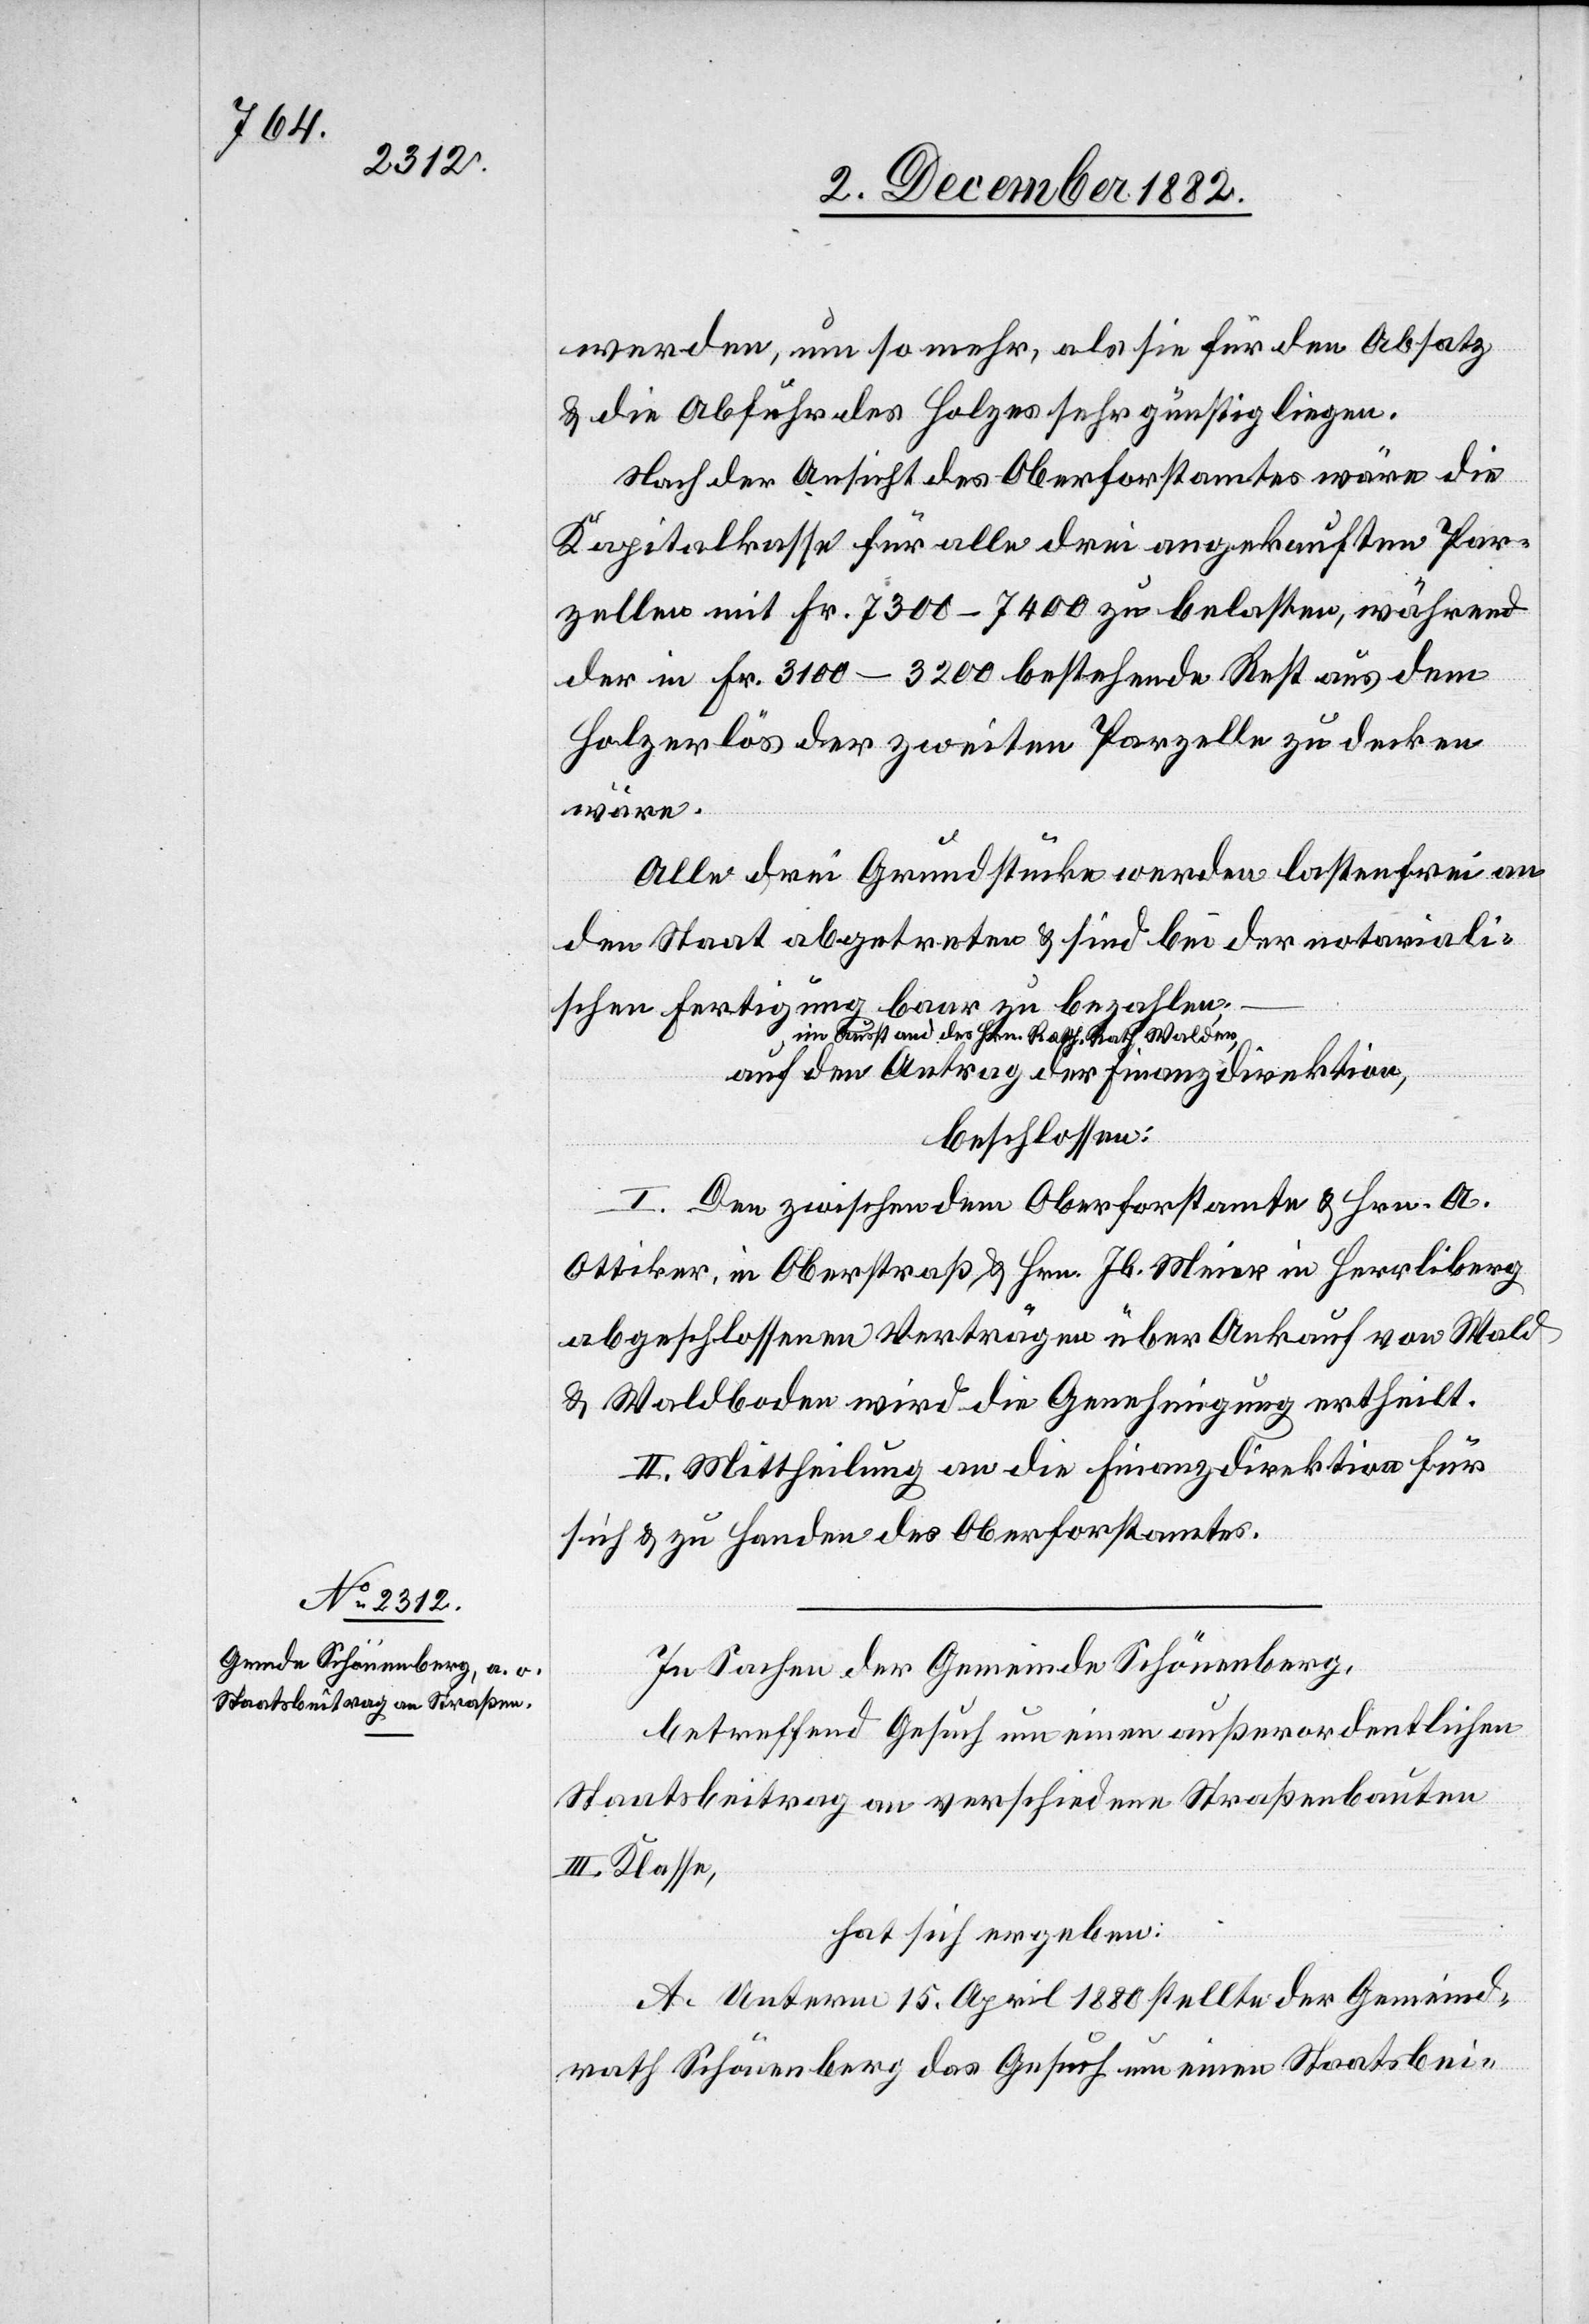
werden, um so mehr, als sie für den Absatz
& die Abfuhr des Holzes sehr günstig liegen.
Nach der Ansicht des Oberforstamtes wäre die
Kapitalkasse für alle drei angekauften Par¬
zellen mit Fr. 7300–7400 zu belasten, während
der in Fr. 3100–3200 bestehende Rest aus dem
Holzerlös der zweiten Parzelle zu decken
wäre.
Alle drei Grundstücke werden lastenfrei an
den Staat abgetreten & sind bei der notariali¬
schen Fertigung baar zu bezahlen;
im Ausstand des Hrn. Reg. Rath Walder,
auf den Antrag der Finanzdirektion,
beschlossen:
I. Den zwischen dem Oberforstamte & Hrn. A.
Ottiker, in Oberstraß & Hrn. Jb. Meier in Herrliberg
abgeschlossenen Verträgen über Ankauf von Wald
& Waldboden wird die Genehmigung ertheilt.
II. Mittheilung an die Finanzdirektion für
sich & zu Handen des Oberforstamtes.
In Sachen der Gemeinde Schönenberg,
betreffend Gesuch um einen außerordentlichen
Staatsbeitrag an verschiedene Straßenbauten
III. Klasse,
hat sich ergeben:
A. Unterm 15. April 1880 stellte der Gemeind¬
rath Schönenberg das Gesuch um einen Staatsbei-